Report on vaccination in Madras 1895-1903 - 1895-1903
Year: 1895
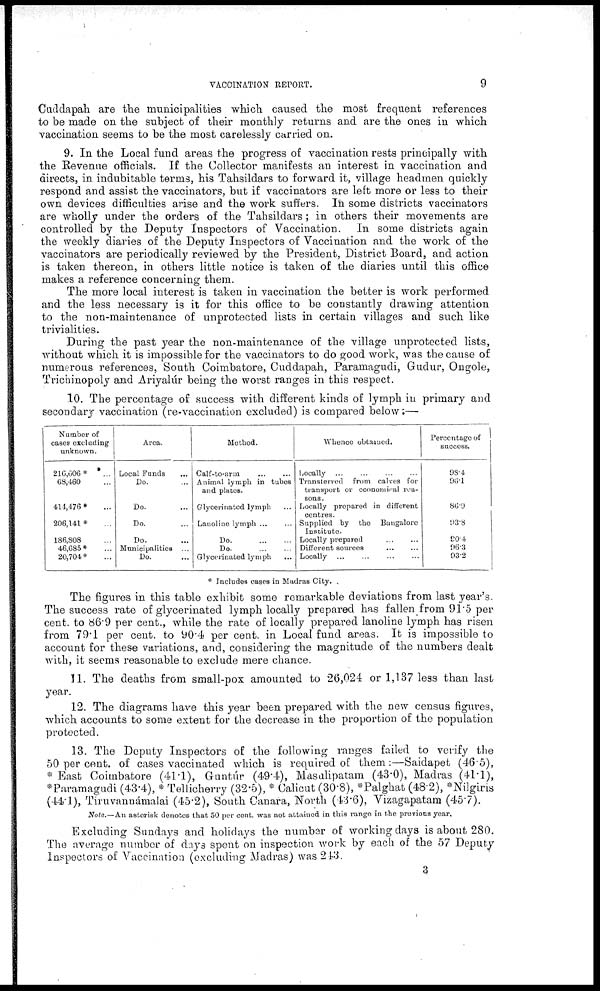
VACCINATION REPORT.
9
Cuddapah are the municipalities which caused the most frequent references
to be made on the subject of their monthly returns and are the ones in which
vaccination seems to be the most carelessly carried on.
9. In the Local fund areas the progress of vaccination rests principally with
the Revenue officials. If the Collector manifests an interest in vaccination and
directs, in indubitable terms, his Tahsildars to forward it, village headmen quickly
respond and assist the vaccinators, but if vaccinators are left more or less to their
own devices difficulties arise and the work suffers. In some districts vaccinators
are wholly under the orders of the Tahsildars; in others their movements are
controlled by the Deputy Inspectors of Vaccination. In some districts again
the weekly diaries of the Deputy Inspectors of Vaccination and the work of the
vaccinators are periodically reviewed by the President, District Board, and action
is taken thereon, in others little notice is taken of the diaries until this office
makes a reference concerning them.
The more local interest is taken in vaccination the better is work performed
and the less necessary is it for this office to be constantly drawing attention
to the non-maintenance of unprotected lists in certain villages and such like
trivialities.
During the past year the non-maintenance of the village unprotected lists,
without which it is impossible for the vaccinators to do good work, was the cause of
numerous references, South Coimbatore, Cuddapah, Paramagudi, Gudur, Ongole,
Trichinopoly and Ariyalúr being the worst ranges in this respect.
10. The percentage of success with different kinds of lymph in primary and
secondary vaccination (re-vaccination excluded) is compared below:—
Number of
cases excluding
unknown.
216,606*
...
68,460 ...
414,476 * ...
206,141* ...
186,808 ...
46,685* ...
20,704* ...
Area.
Local Funds
Do. ...
Do. ...
Do. ...
Do. ...
Municipalities ...
Do. ...
Method.
Calf-to-arm
Animal lymph in tubes
and plates.
Glycerinated lymph ...
Lanoline lymph ...
Do.
...
...
Do.
...
...
Glycerinated lymph
...
Whence obtained.
Locally ... ... ... ...
Transferred from calves for
transport or economical rea-
sons.
Locally prepared in different
centres.
Supplied by the Bangalore
Institute.
Locally prepared ... ...
Different sources
...
...
Locally
...
...
...
...
Percentage of
success.
98.4
96.1
86.9
93.8
90.4
96.3
93.2
* Includes cases in Madras City.
The figures in this table exhibit some remarkable deviations from last year's.
The success rate of glycerinated lymph locally prepared has fallen from 91.5 per
cent. to 86.9 per cent., while the rate of locally prepared lanoline lymph has risen
from 79.1 per cent. to 90.4 per cent. in Local fund areas. It is impossible to
account for these variations, and, considering the magnitude of the numbers dealt
with, it seems reasonable to exclude mere chance.
11. The deaths from small-pox amounted to 26,024 or 1,137 less than last
year.
12. The diagrams have this year been prepared with the new census figures,
which accounts to some extent for the decrease in the proportion of the population
protected.
13. The Deputy Inspectors of the following ranges failed to verify the
50 per cent. of cases vaccinated which is required of them:—Saidapet (46.5),
* East Coimbatore (41.1), Guntúr (49.4), Masulipatam (43.0), Madras (41.1),
*Paramagudi (43.4), * Tellicherry (32.5), * Calicut (30.8), *Palghat (48.2), *Nilgiris
(44.1), Tiruvannámalai (45.2), South Canara, North (43.6), Vizagapatam (45.7).
Note—An asterisk denotes that 50 per cent. was not attained in this range in the previous year.
Excluding Sundays and holidays the number of working days is about 280.
The average number of days spent on inspection work by each of the 57 Deputy
Inspectors of Vaccination (excluding Madras) was 243.
3